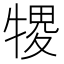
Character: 㹄